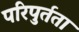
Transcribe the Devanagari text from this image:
परिपुर्तता